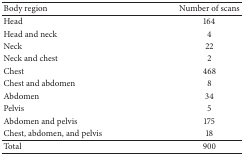
<table><thead><tr><td><b>Body region </b></td><td><b>Number of scans</b></td></tr></thead><tbody><tr><td>Head</td><td>164</td></tr><tr><td>Head and neck</td><td>4</td></tr><tr><td>Neck </td><td>22</td></tr><tr><td>Neck and chest</td><td>2</td></tr><tr><td>Chest</td><td>468</td></tr><tr><td>Chest and abdomen</td><td>8</td></tr><tr><td>Abdomen</td><td>34</td></tr><tr><td>Pelvis</td><td>5</td></tr><tr><td>Abdomen and pelvis</td><td>175</td></tr><tr><td>Chest, abdomen, and pelvis</td><td>18</td></tr><tr><td>Total</td><td>900</td></tr></tbody></table>